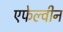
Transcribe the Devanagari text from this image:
एफेल्वीन